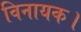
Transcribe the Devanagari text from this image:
विनायक।